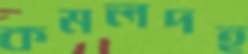
কমলদহ